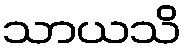
သာယသိ